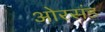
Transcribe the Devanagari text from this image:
ओरसंड